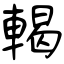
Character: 輵